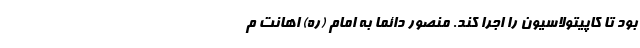
بود تا کاپیتولاسیون را اجرا کند. منصور دائما به امام (ره) اهانت م